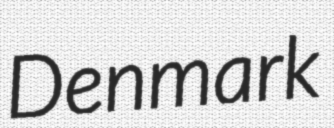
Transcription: Denmark